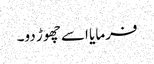
فرمایا اسے چھوڑ دو۔